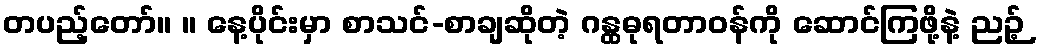
တပည့်တော်။ ။ နေ့ပိုင်းမှာ စာသင်-စာချဆိုတဲ့ ဂန္ထဓုရတာဝန်ကို ဆောင်ကြဖို့နဲ့ ညဉ့်